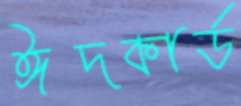
ঈদকার্ড